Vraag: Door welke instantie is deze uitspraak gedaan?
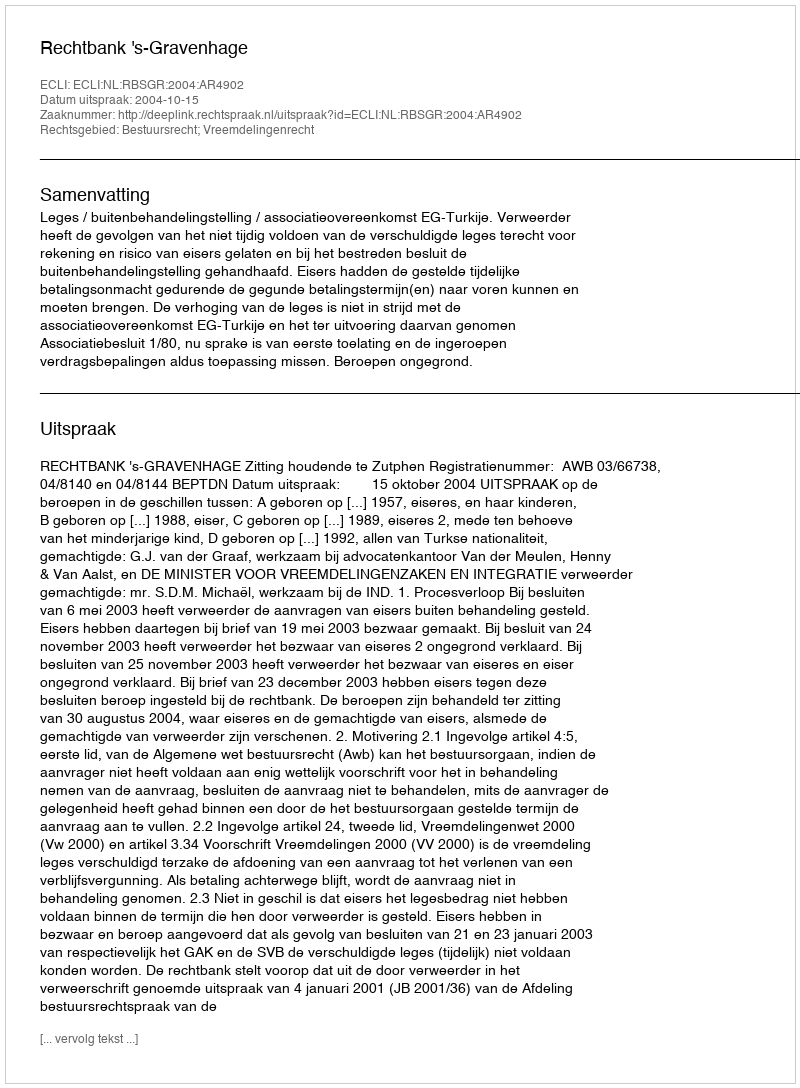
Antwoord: Rechtbank 's-Gravenhage